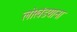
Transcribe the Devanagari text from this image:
लोखंडयाना